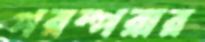
পরম্পরার